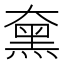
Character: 𪐡